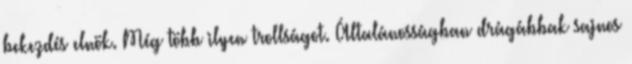
bekezdés elnök. Még több ilyen trollságot. Általánosságban drágábbak sajnos